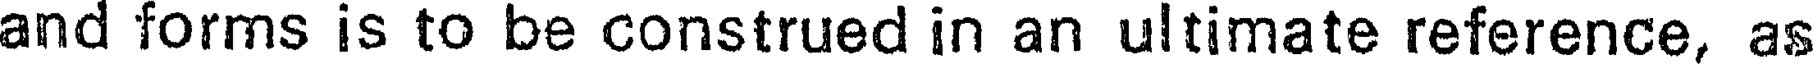
and forms is to be construed in an ultimate reference, as